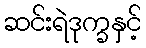
ဆင်းရဲဒုက္ခနှင့်